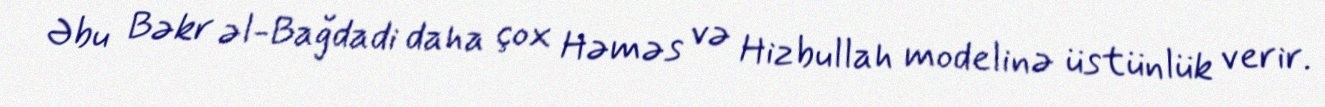
Əbu Bəkr əl-Bağdadi daha çox Həməs və Hizbullah modelinə üstünlük verir.